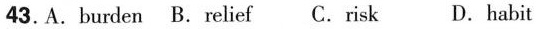
43. A. burden B. relief C. risk D. habit